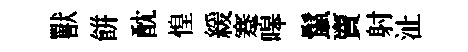
獸餅酖惶緩蹇嗥鬣𧶠射沚